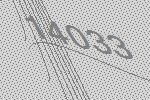
14033